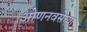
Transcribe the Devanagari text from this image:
ओणनवसेच्या